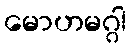
မောဟမဂ္ဂါ